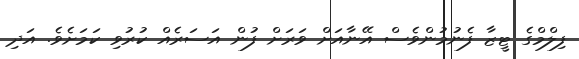
ފިލްމްގެ ޓީޒާ ފެނުމުންވެސް އޭނާއަށް ވަރަށް ފުން އަސަރެއް ކުރުވި ކަމަށެވެ. އަދި